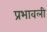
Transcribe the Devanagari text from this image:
प्रभावली